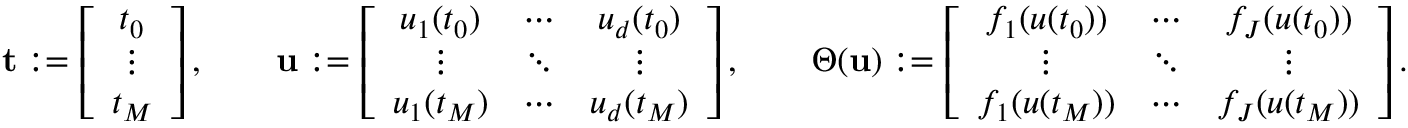
\begin{array} { c c c } { \mathbf { t } : = \left[ \begin{array} { c } { t _ { 0 } } \\ { \vdots } \\ { t _ { M } } \end{array} \right] , \phantom { \quad } } & { \mathbf { u } : = \left[ \begin{array} { c c c } { u _ { 1 } ( t _ { 0 } ) } & { \cdots } & { u _ { d } ( t _ { 0 } ) } \\ { \vdots } & { \ddots } & { \vdots } \\ { u _ { 1 } ( t _ { M } ) } & { \cdots } & { u _ { d } ( t _ { M } ) } \end{array} \right] , \phantom { \quad } } & { \Theta ( \mathbf { u } ) : = \left[ \begin{array} { c c c } { f _ { 1 } ( u ( t _ { 0 } ) ) } & { \cdots } & { f _ { J } ( u ( t _ { 0 } ) ) } \\ { \vdots } & { \ddots } & { \vdots } \\ { f _ { 1 } ( u ( t _ { M } ) ) } & { \cdots } & { f _ { J } ( u ( t _ { M } ) ) } \end{array} \right] . } \end{array}